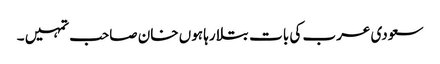
سعودی عرب کی بات بتلا رہا ہوں خان صاحب تمہیں ۔